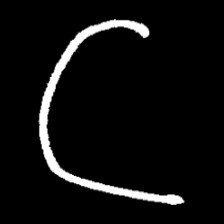
Pyu character \u2014 Myanmar letter: ဋ (romanized: tta)